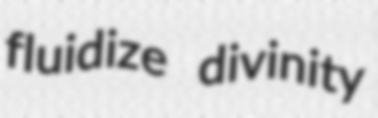
fluidize divinity